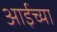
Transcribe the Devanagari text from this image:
आईच्‍या